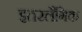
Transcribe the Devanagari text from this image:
इतरलैंगिक